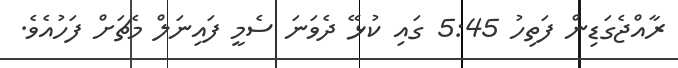
ރާއްޖެގަޑިން ފަތިހު 5:45 ގައި ކުޅޭ ދެވަނަ ސެމީ ފައިނަލް މެޗަށް ފަހުއެވެ.